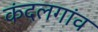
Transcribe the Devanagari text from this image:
कंदलगांव